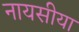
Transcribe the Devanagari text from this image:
नायसीया